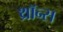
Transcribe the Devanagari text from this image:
थ्राॅन्स